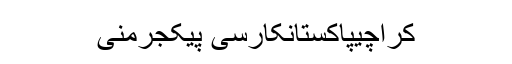
کراچیپاکستانکارسی پیکجرمنی